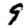
Digit: 9